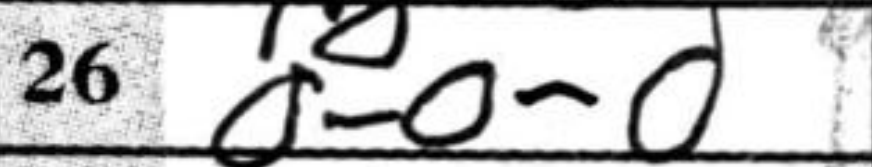
Transcription: O-O-O